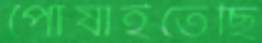
পোষাইতেছি